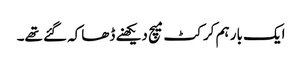
ایک بار ہم کرکٹ میچ دیکھنے ڈھاکہ گئے تھے۔